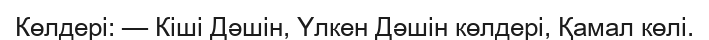
Көлдері: — Кіші Дәшін, Үлкен Дәшін көлдері, Қамал көлі.